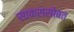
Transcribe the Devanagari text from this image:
साक्ससोबत